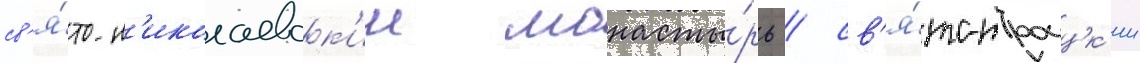
св'я́то-н'иколаевск'ии монасты́рь / св'я́то-троицк'ии